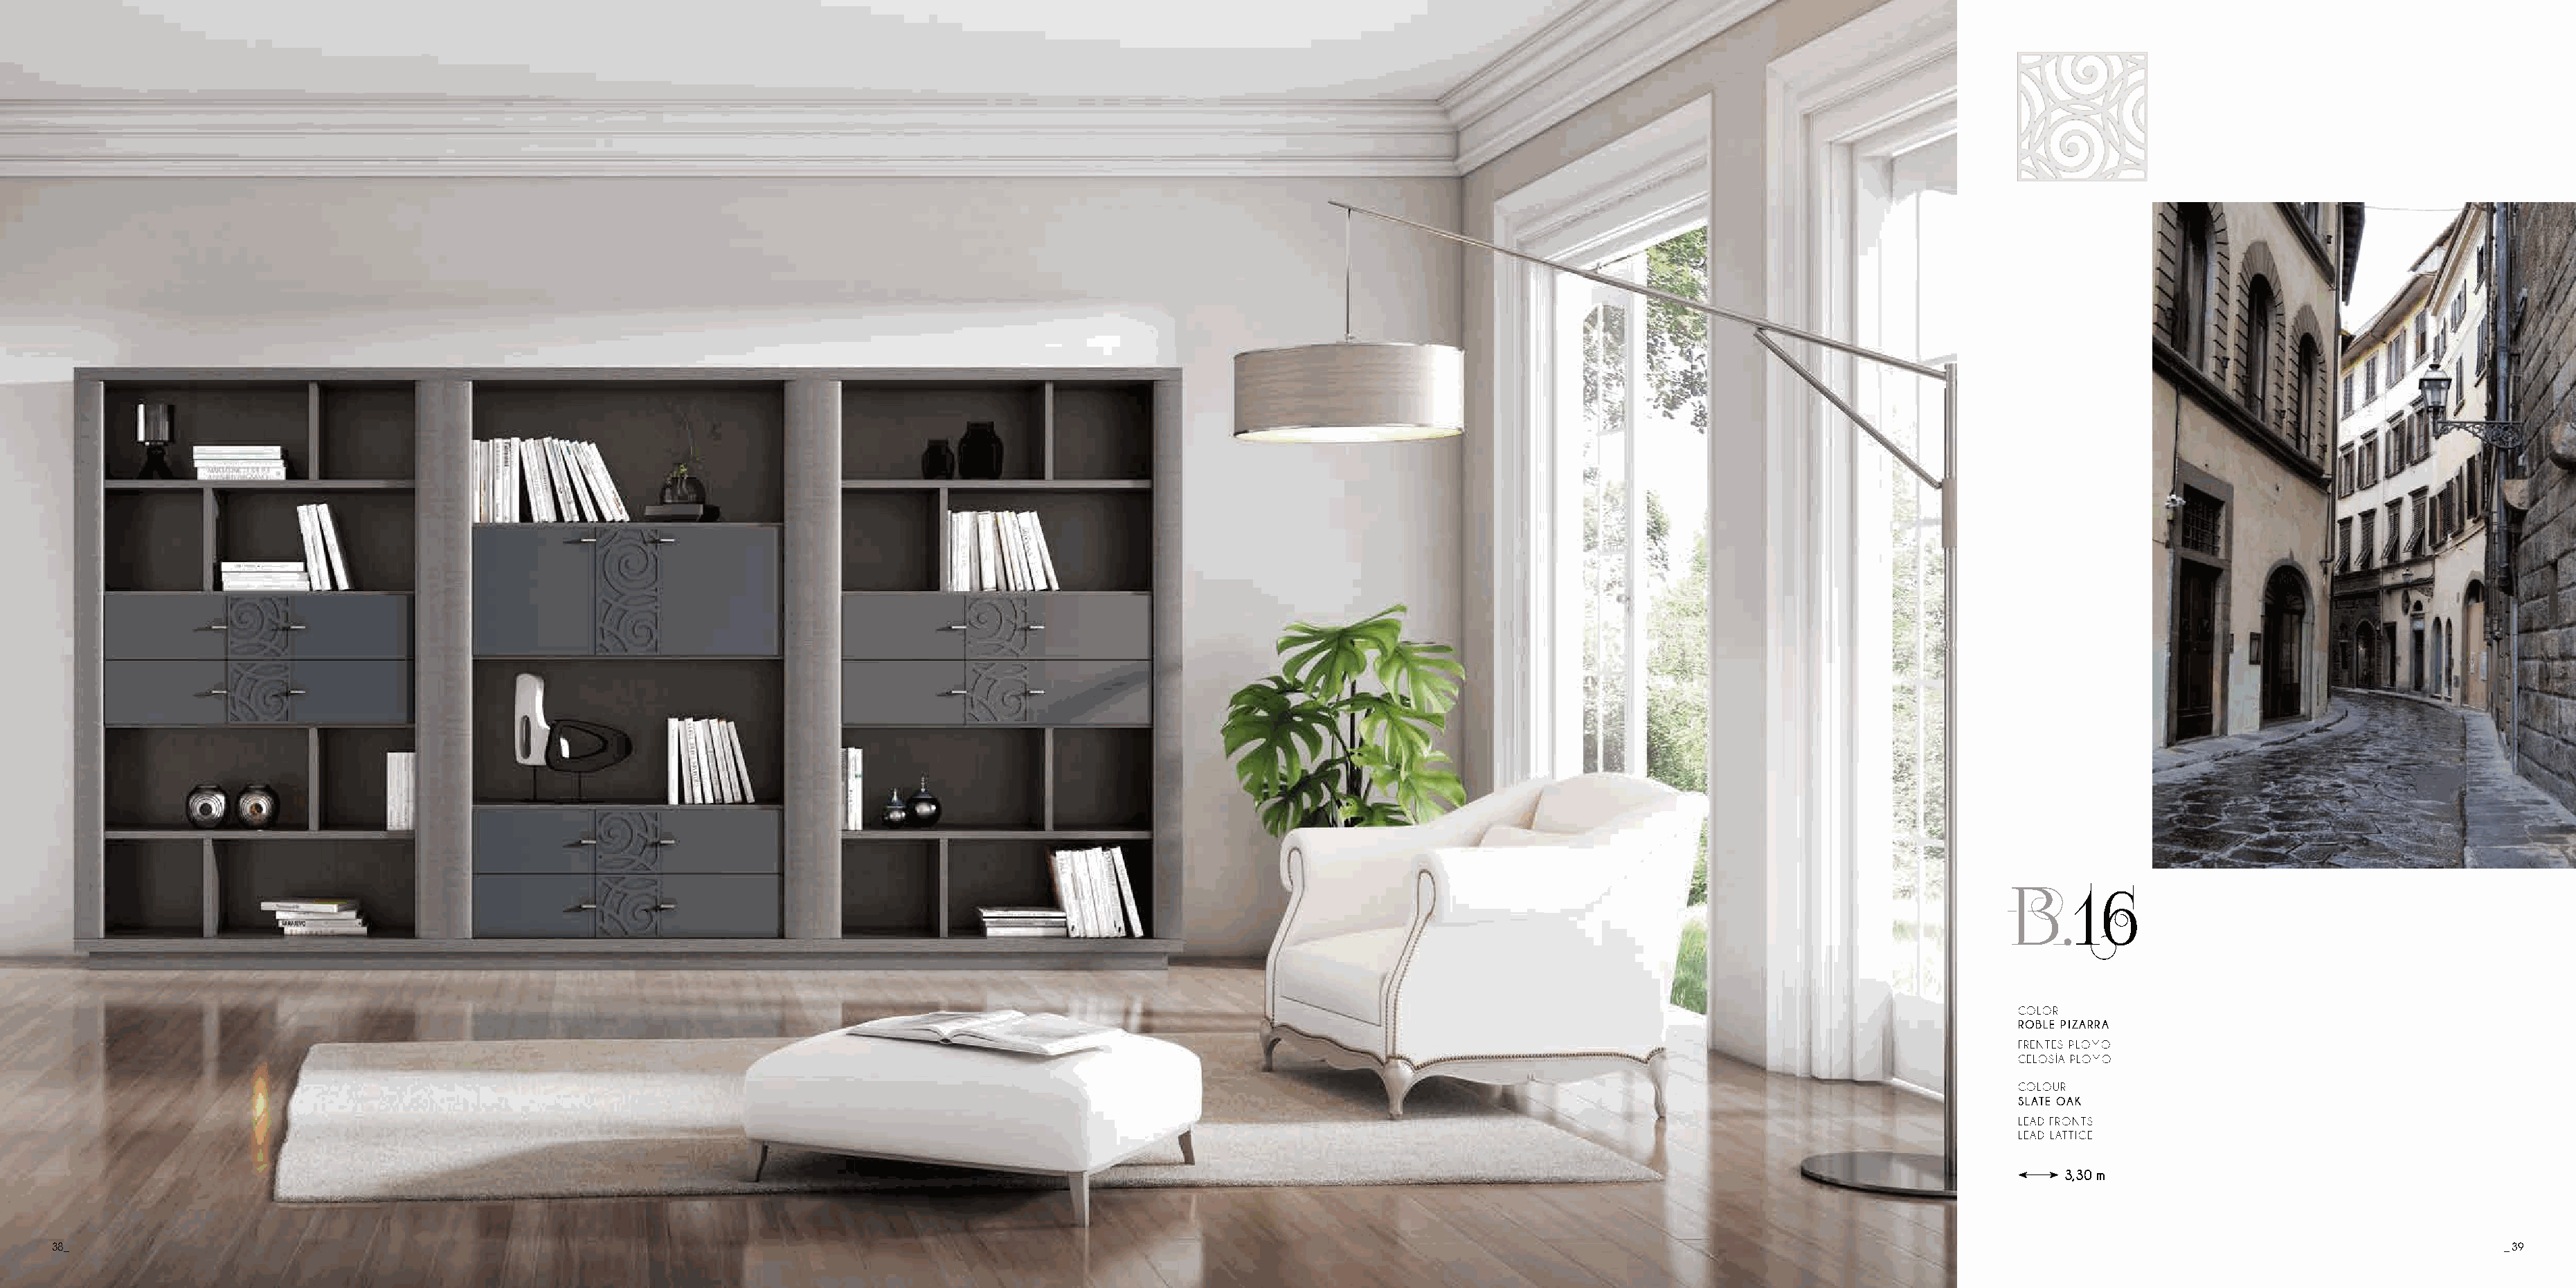
B.16
 COLOR
 ROBLE PIZARRA
 FRENTES PLOMO
 CELOSÍA PLOMO
 COLOUR
 SLATE OAK
 LEAD FRONTS
 LEAD LATTICE
 3,30 m
 38_                                                                                                                                                                                                                                       _ 39